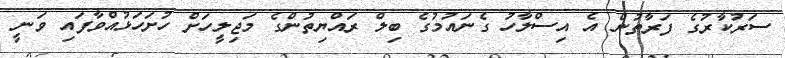
ސަރުކާރުގެ ފަރާތުން އެ އިސްލާހު ގެނައުމުގެ ބިލް ރައްޔިތުންގެ މަޖިލީހަށް ހުށަހަޅުއްވާފައި ވަނީ